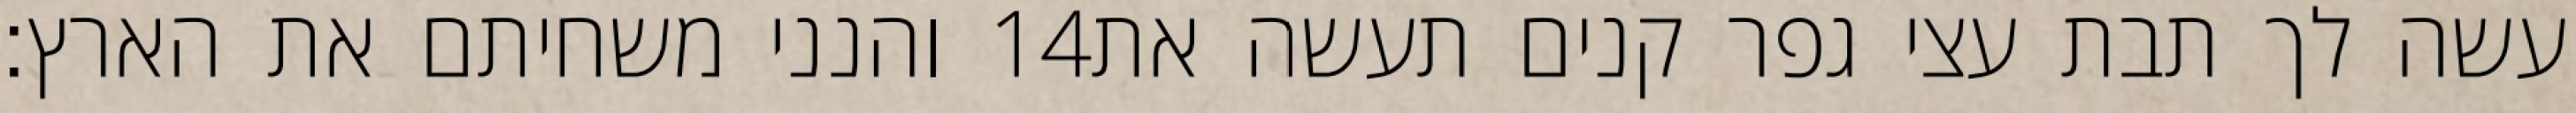
והנני משחיתם את הארץ׃ ‎14‏ עשה לך תבת עצי גפר קנים תעשה את